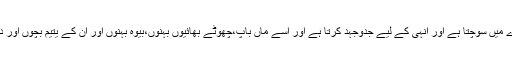
وہ صرف اپنے اور اپنے بیوی بچوں کے بارے میں سوچتا ہے اور انہی کے لیے جدّوجہد کرتا ہے اور اسے ماں باپ،چھوٹے بھائیوں بہنوں،بیوہ بہنوں اور ان کے یتیم بچوں اور دیگر زیر کفالت افراد کی بالکل فکر نہیں رہتی۔